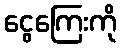
ငွေကြေးကို